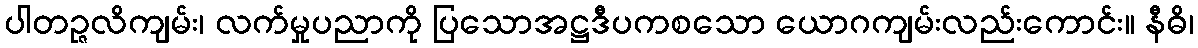
ပါတဉ္ဇလိကျမ်း၊ လက်မှုပညာကို ပြသောအဋ္ဌဒီပကစသော ယောဂကျမ်းလည်းကောင်း။ နီဓိ၊